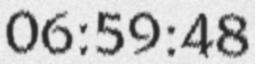
06:59:48